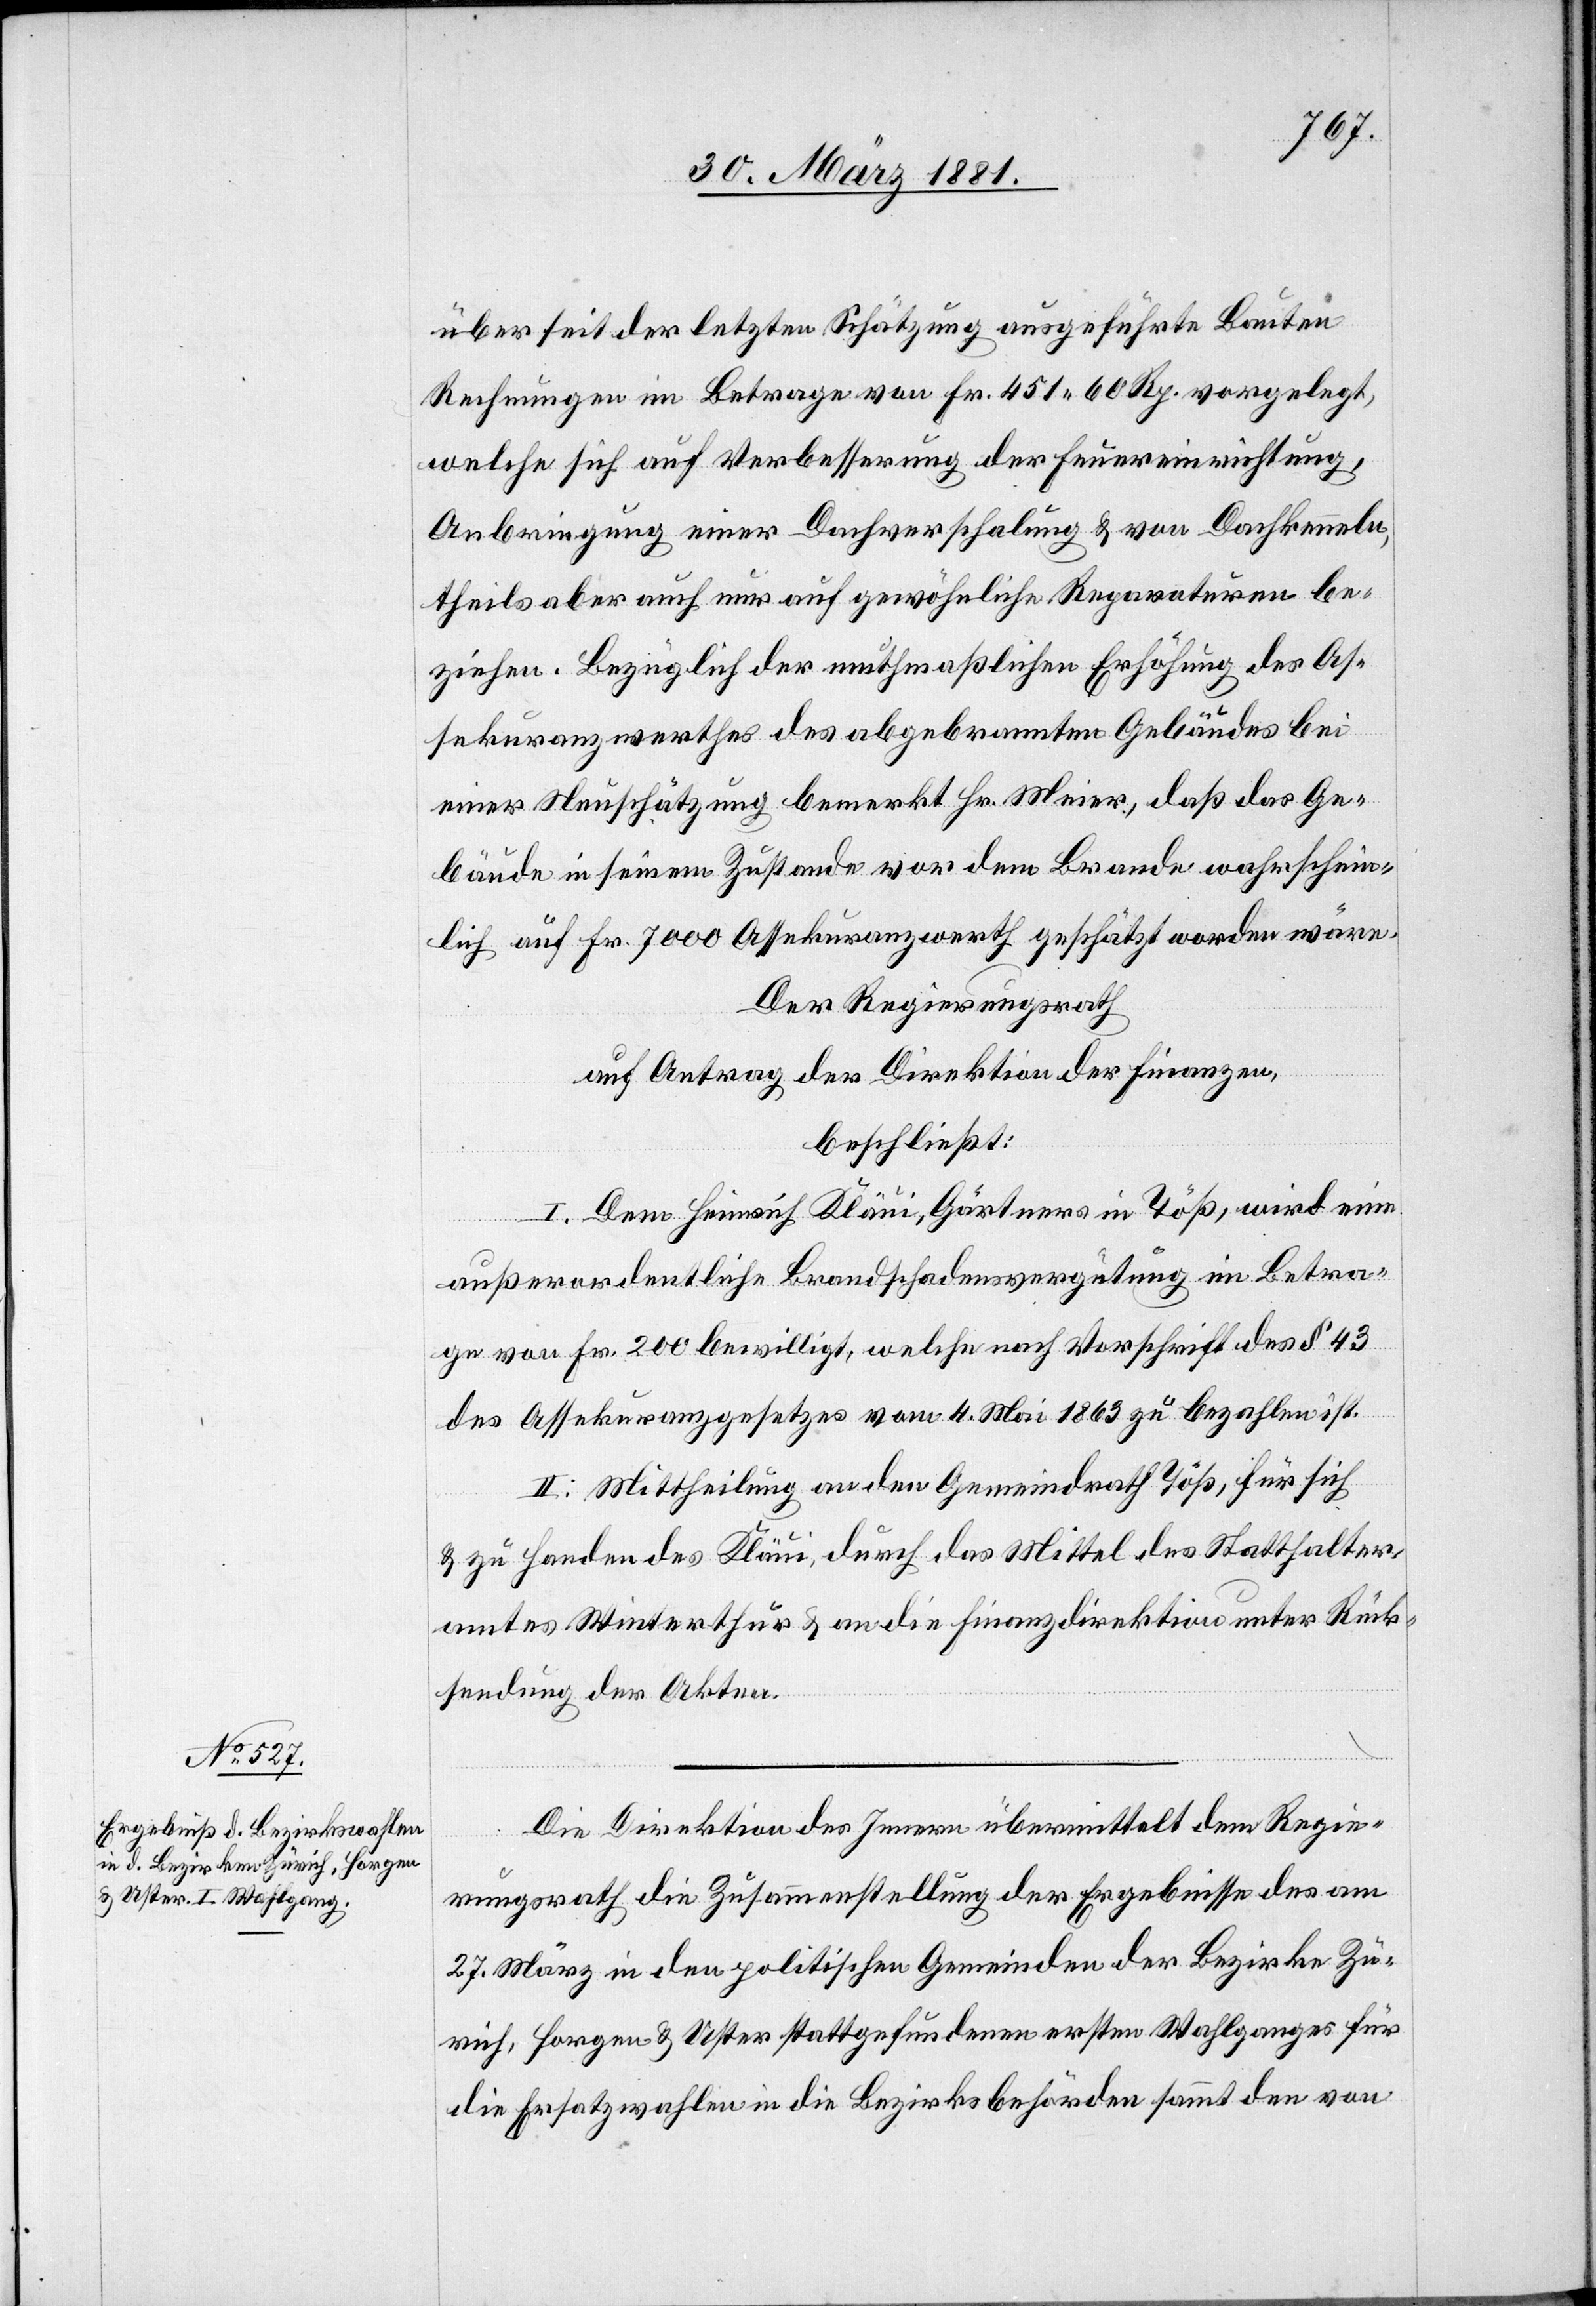
über seit der letzten Schätzung ausgeführte Bauen
Rechnungen im Betrage von Fr. 451 60 Rp. vorgelegt,
welche sich auf Verbesserung der Feuereinrichtung,
Anbringung einer Dachverschalung & von Dachkenneln,
theils aber auch nur auf gewöhnliche Reparaturen be¬
ziehen. Bezüglich der muthmaßlichen Erhöhung des As¬
sekuranzwerthes des abgebrannten Gebäudes bei
einer Neuschätzung bemerkt Hr. Meier, daß das Ge¬
bäude in seinem Zustande vor dem Brande wahrschein¬
lich auf Fr. 7000 Assekuranzwerth geschätzt worden wäre.
Der Regierungsrath
auf Antrag der Direktion der Finanzen,
beschließt:
I. Dem Heinrich Kläui, Gärtners in Töß, wird eine
außerordentliche Brandschadensvergütung im Betra¬
ge von Fr. 200 bewilligt, welche nach Vorschrift des § 43
des Assekuranzgesetzes vom 4. Mai 1863 zu bezahlen ist.
II. Mittheilung an den Gemeindrath Töß, für sich
& zu Handen des Kläui, durch das Mittel des Statthalter¬
amtes Winterthur & an die Finanzdirektion unter Rück¬
sendung der Akten.
Die Direktion des Innern übermittelt dem Regie¬
rungsrath die Zusammenstellung der Ergebnisse des am
27. März in den politischen Gemeinden der Bezirke Zü¬
rich, Horgen & Uster stattgefundenen ersten Wahlganges für
die Ersatzwahlen in die Bezirksbehörden sammt den von